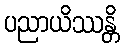
ပညာယိဿန္တိ